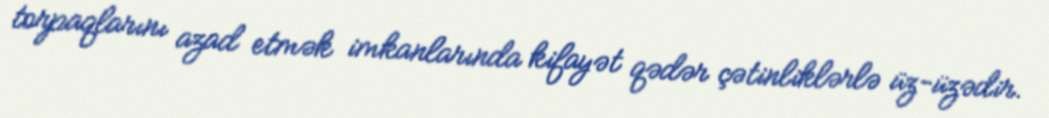
torpaqlarını azad etmək imkanlarında kifayət qədər çətinliklərlə üz-üzədir.